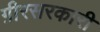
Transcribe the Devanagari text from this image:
ग़ीरसरकारी